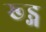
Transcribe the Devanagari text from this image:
ख्ड्ग